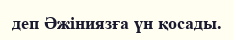
деп Әжіниязға үн қосады.